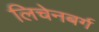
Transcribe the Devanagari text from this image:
लिचेनबर्ग